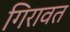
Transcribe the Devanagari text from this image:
गिरावत